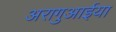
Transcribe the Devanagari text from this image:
अरागुआईया